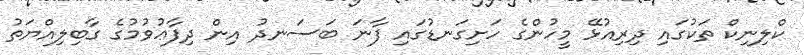
ކްލިނިކް ތަކުގައި ދިރިއުޅޭ މީހުންގެ ހަށިގަނޑުގައި ފާނަ ބަސަނދު އިން ދިފާޢުވުމުގެ ގާބިލިއްޔަތު